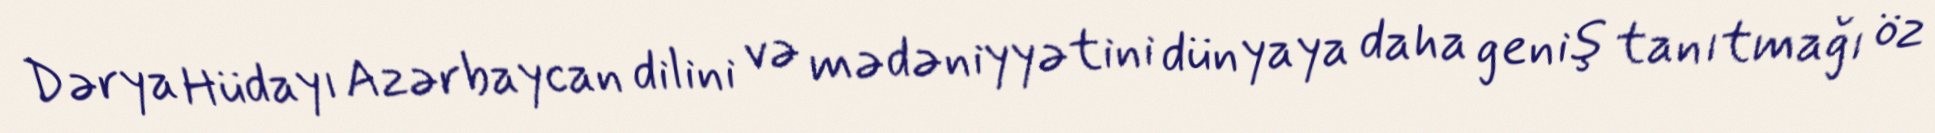
Dərya Hüdayı Azərbaycan dilini və mədəniyyətini dünyaya daha geniş tanıtmağı öz